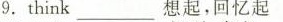
9.think ___ 想起，回忆起